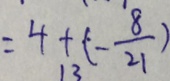
= 4 + ( - \frac { 8 } { 2 1 } )